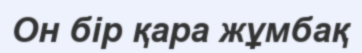
Он бір қара жұмбақ